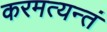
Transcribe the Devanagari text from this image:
करमत्यन्तं